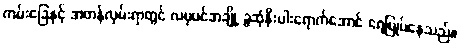
ကမ်းခြေနှင့် အတန်လှမ်းရာတွင် လမုပင်အချို့ ခွဆုံနီးပါးရောက်အောင် ရေမြုပ်နေသည်။